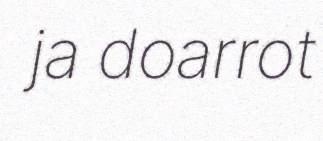
ja doarrot